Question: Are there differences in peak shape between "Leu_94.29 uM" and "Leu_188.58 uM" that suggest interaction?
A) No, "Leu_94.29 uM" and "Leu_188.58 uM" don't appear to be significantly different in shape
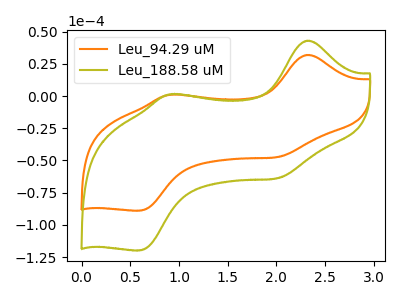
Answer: <think>The orange curve "Leu_94.29 uM" has anodic peaks at (2.30V, 31.90uA) (0.90V, 1.00uA) and cathodic peaks at (2.00V, -47.35uA) (0.60V, -89.00uA). The olive curve "Leu_188.58 uM" has anodic peaks at (2.30V, 42.95uA) (0.90V, 1.35uA) and cathodic peaks at (2.00V, -63.75uA) (0.60V, -119.85uA).
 All the peaks in "Leu_94.29 uM" have a peak in "Leu_188.58 uM" at the same potential. Every peak in "Leu_94.29 uM" is lower than every peak in "Leu_188.58 uM".</think>
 <answer>A) No, "Leu_94.29 uM" and "Leu_188.58 uM" don't appear to be significantly different in shape</answer>
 <eval>A</eval>